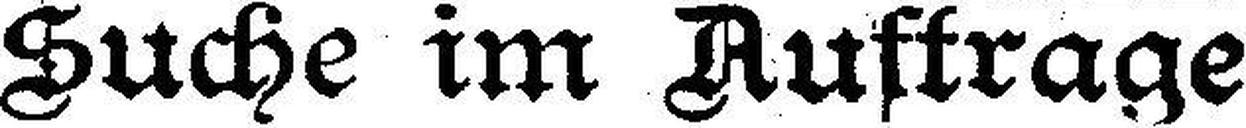
Suche im Auftrage